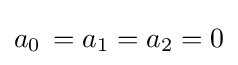
a_{0}\,=a_{1}=a_{2}=0